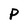
Character: P